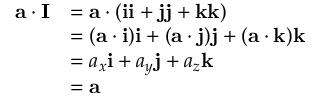
{ \begin{array} { r l } { \mathbf { a } \cdot \mathbf { I } } & { = \mathbf { a } \cdot ( \mathbf { i } \mathbf { i } + \mathbf { j } \mathbf { j } + \mathbf { k } \mathbf { k } ) } \\ & { = ( \mathbf { a } \cdot \mathbf { i } ) \mathbf { i } + ( \mathbf { a } \cdot \mathbf { j } ) \mathbf { j } + ( \mathbf { a } \cdot \mathbf { k } ) \mathbf { k } } \\ & { = a _ { x } \mathbf { i } + a _ { y } \mathbf { j } + a _ { z } \mathbf { k } } \\ & { = \mathbf { a } } \end{array} }